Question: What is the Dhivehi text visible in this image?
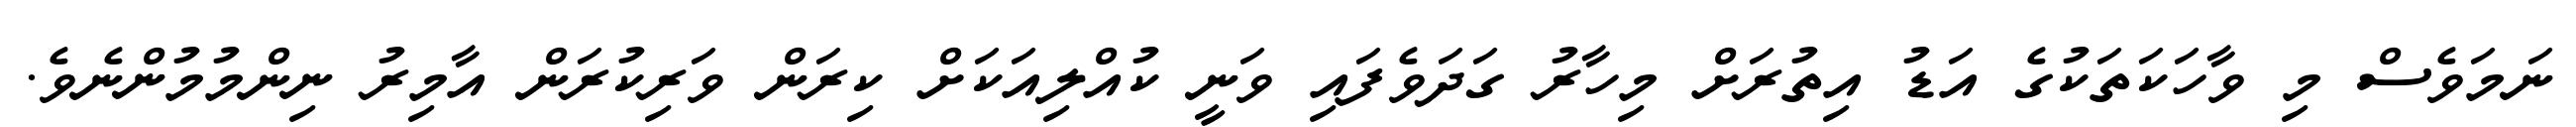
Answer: ނަމަވެސް މި ވާހަކަތަކުގެ އަޑު އިތުރަށް މިހާރު ގަދަވެފައި ވަނީ ކުއްލިއަކަށް ކިރަން ވަރިކުރަން އާމިރު ނިންމުމުންނެވެ.